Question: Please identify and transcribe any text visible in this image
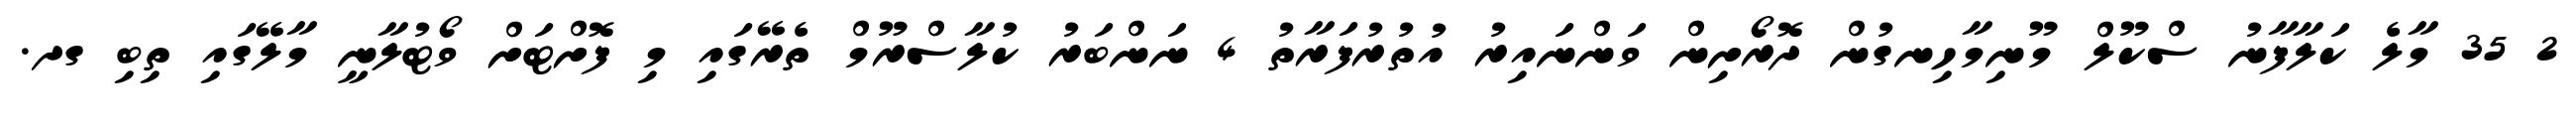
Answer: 2 35 މާލެ ކަލާފާނު ސްކޫލް މޫނިމާހިނގުން ދޮރޯށިން ވަންނައިރު އުތުރުފަރާތު 4 ނަންބަރު ކުލާސްރޫމް ތެރޭގައި މި ފޮށްޓަށް ވޯޓުލާނީ މާލޭގައި ތިބި ގދ.